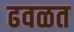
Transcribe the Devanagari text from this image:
ढवळत